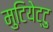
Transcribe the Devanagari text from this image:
मुटियेट्टु